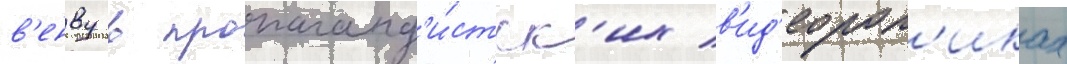
в'енву в пропаганд'и́стск'их в'ид'еорол'иках